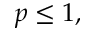
p \leq 1 ,